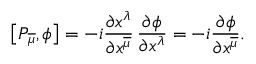
\big [ P _ { \overline { { { \mu } } } } , \phi \big ] = - i { \frac { \partial x ^ { \lambda } } { \partial x ^ { \overline { { { \mu } } } } } } \, { \frac { \partial \phi } { \partial x ^ { \lambda } } } = - i { \frac { \partial \phi } { \partial x ^ { \overline { { \mu } } } } } .